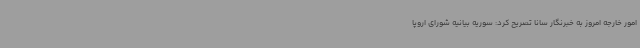
امور خارجه امروز به خبرنگار سانا تصریح کرد: سوریه بیانیه شورای اروپا